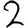
Digit: 2